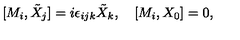
[ M _ { i } , \tilde { X } _ { j } ] = i \epsilon _ { i j k } \tilde { X } _ { k } , \quad [ M _ { i } , X _ { 0 } ] = 0 ,